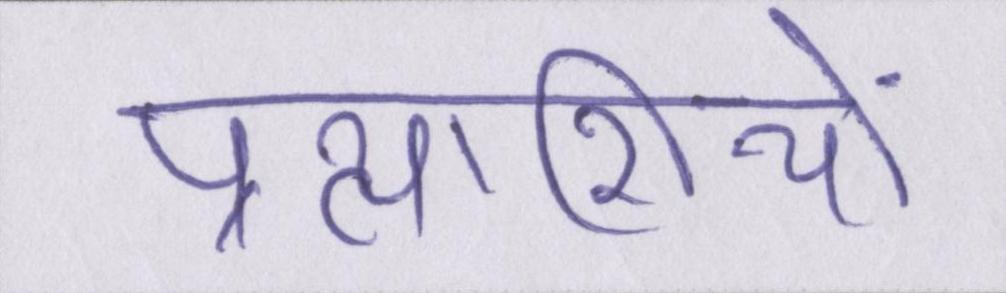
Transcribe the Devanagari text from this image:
प्रत्याशियों